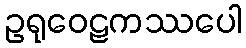
ဥရုဝေဠကဿပေါ